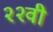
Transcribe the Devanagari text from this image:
२२वी